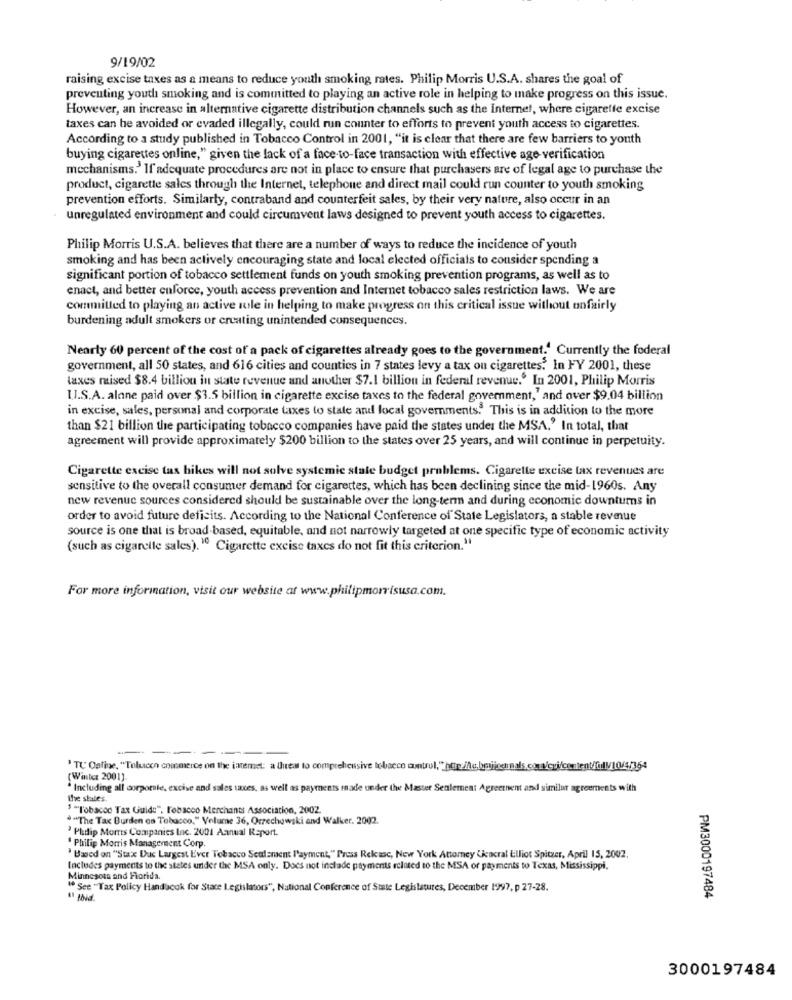
9/19/02
raising excise taxes as a means to reduce youth smoking rates. Philip Morris U.S.A. shares the goal of
preventing youth smoking and is committed to playing an active role in helping to make progress on this issue.
However, an increase in alternative cigarette distribution channels such as the Internet, where cigareffe excise
taxes can be avoided or evaded illegally, could run counter to efforts to prevent youth access to cigarettes.
According to a study published in Tobacco Control in 2001, "it is clear that there are few barriers to youth
buying cigarettes online," given the lack of a face-to-face transaction with effective age verification
mechanisms.' If adequate procedures are not in place to ensure that purchasers are of legal age to purchase the
product, cigarette sales through the Internet, telephone and direct mail could run counter to youth smoking
prevention efforts. Similarly, contraband and counterfeit sales, by their very nature, also occur in an
unregulated environment and could circumvent laws designed to prevent youth access to cigarettes.
Philip Morris U.S.A. believes that there are a number of ways to reduce the incidence of youth
smoking and has been actively encouraging state and local elected officials to consider spending a
significant portion of tobacco settlement funds on youth smoking prevention programs, as well as to
enact, and better enforce, youth access prevention and Internet tobacco sales restriction laws. We are
committed to playing an active role in helping to make progress on this critical issue without unfairly
burdening adult smokers or creating unintended consequences.
Nearly 60 percent of the cost of a pack of cigarettes already goes to the government.' Currently the federal
government, all 50 states, and 616 cities and counties in 7 states levy a tax ou cigarettes. In FY 2001, these
taxes maised $8.4 billion in state revenue and another $7.1 billion in federal revenue.º In 2001, Philip Morris
I.I.S.A. alane paid over $3.5 billion in cigarette excise taxes to the federal government," and over $9.04 billion
in excise, sales, personal and corporate taxes to state and local governments. This is in addition to the more
than $21 billion the participating tobacco companies have paid the states under the MSA.' In total, that
agreement will provide approximately $200 billion to the states over 25 years, and will continue in perpetuity.
Cigarette excise tax hikes will not solve systemie state budget problems. Cigarette excise tax revenues are
sensitive to the overall consumer demand for cigarettes, which has been declining since the mid-1960s. Any
new revenue sources considered should be sustainable over the long-term and during economic downturns in
order to avoid future deficits. According to the National Conference of State Legislators, a stable revenue
source is one that is broad-based, equitable, and not narrowly targeted at one specific type of economic activity
(such as cigarette sales). " Cigarette excise taxes do not fit this criterion."
For more information, visit our website at www.philipmorrisusa.com.
-----
" TU' Oaline, "Tolucon commerce on the intemet: a threat to comprehensive tobacco control,"http:/te.bmjjsemals.com/cri/content/0l/10/4/354
(Winter 2001).
Including all corporate, excise and sales taxes, as well as payments made under the Master Seulement Agreement and similar agreements with
the states.
$""l'obacoo Tax Guids", Tobacco Merchants Association, 2002.
""The Tax Burden os Tobacco," Volume 36, Orzechowski and Walker. 2002.
'Philip Morris Companies Inc. 2001 Annual Report
" Philip Morris Management Corp.
`Based on "Stax Duc Largest Ever Tobacco Seulement Payment," Press Rekasc, New York Attomey Ciencral Elliot Spitzer, April 15, 2002.
Includes payments to the states under the MSA only. Does not include payments related to the MSA or payments to Texas, Mississippi,
Minnesota and Florida.
" See "Tax Policy Handucok for Stace Legislators", National Conference of State Legislatures, December 1997, p 27-28.
PM3000197484
3000197484